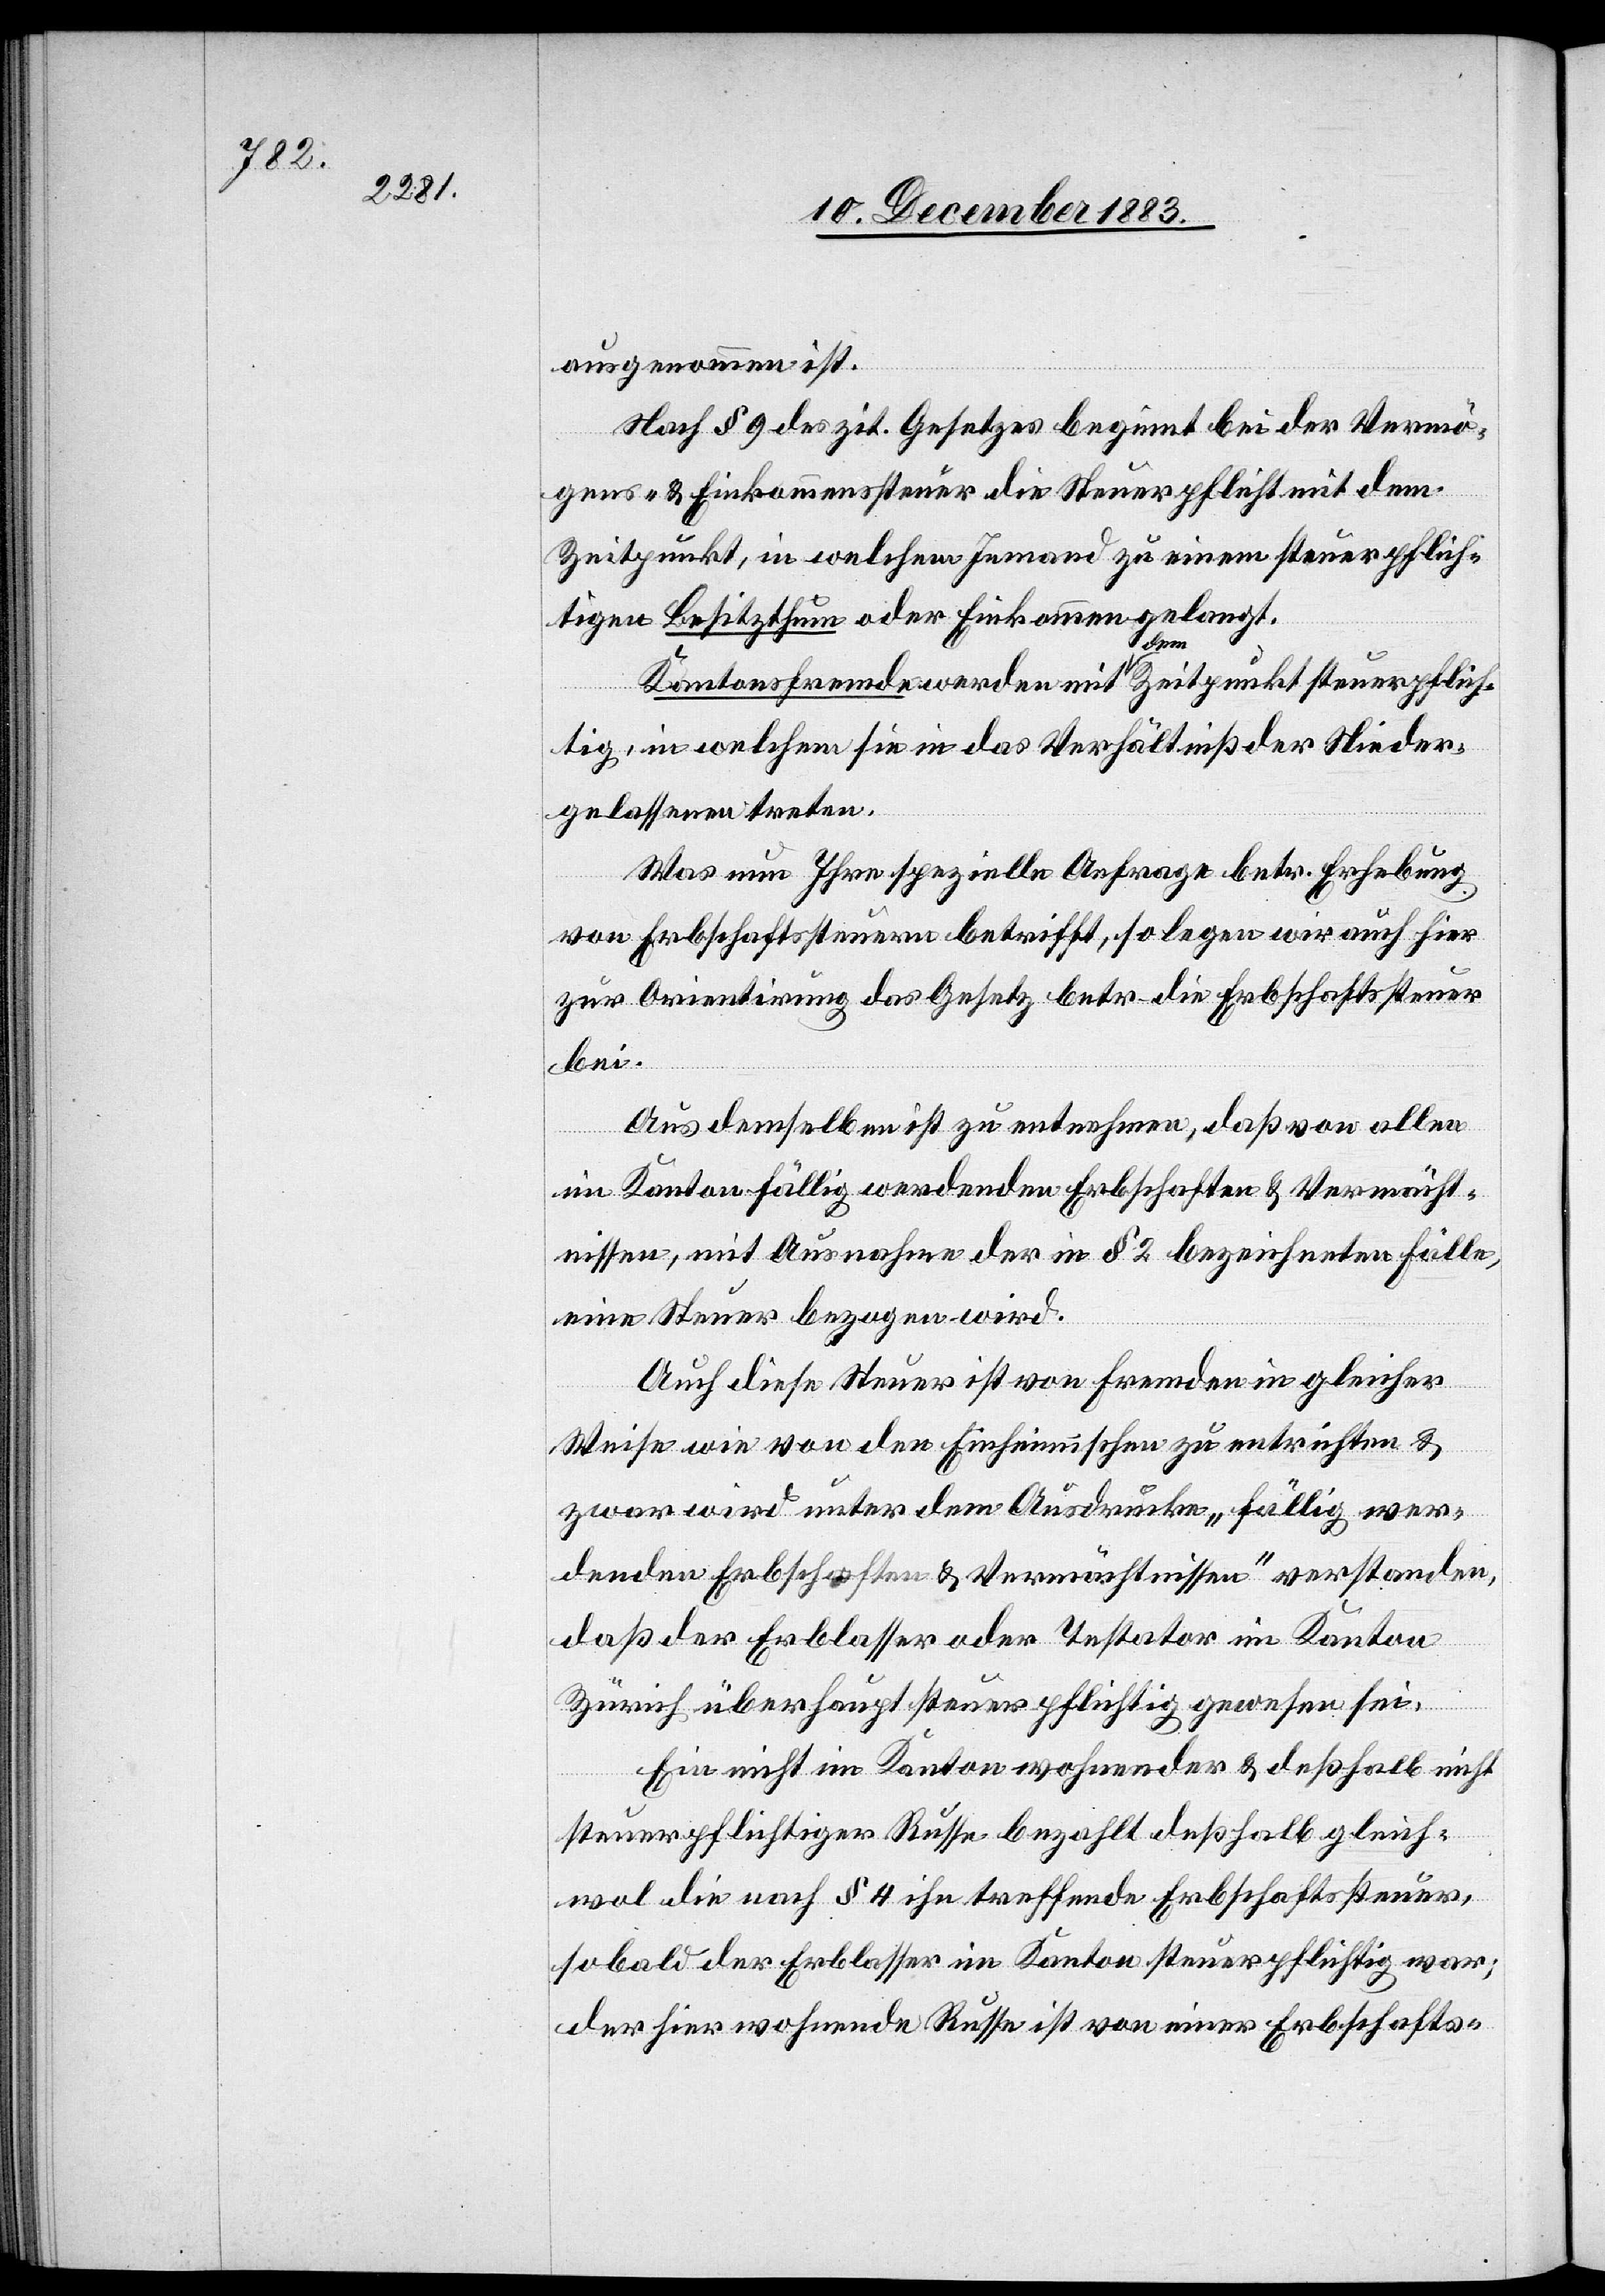
ausgenommen ist.
Nach § 9 des zit. Gesetzes beginnt bei der Vermö¬
gens- & Einkommenssteuer die Steuerpflicht mit dem
Zeitpunkt, in welchem Jemand zu einem steuerpflich¬
tigen Besitzthum oder Einkommen gelangt.
Kantonsfremde werden mit dem Zeitpunkt steuerpflich¬
tig, in welchem sie in das Verhältniß der Nieder¬
gelassenen treten.
Was nun Ihre spezielle Anfrage betr. Erhebung
von Erbschaftssteuern betrifft, so legen wir auch hier
zur Orientirung das Gesetz betr. die Erbschaftssteuer
bei.
Aus demselben ist zu entnehmen, daß von allen
im Kanton fällig werdenden Erbschaften & Vermächt¬
nissen, mit Ausnahme der in § 2 bezeichneten Fälle,
eine Steuer bezogen wird.
Auch diese Steuer ist von Fremden in gleicher
Weise wie von den Einheimischen zu entrichten &
zwar wird unter dem Ausdrucke „fällig wer¬
denden Erbschaften & Vermächtnissen“ verstanden,
daß der Erblasser oder Testator im Kanton
Zürich überhaupt steuerpflichtig gewesen sei.
Ein nicht im Kanton wohnender & deßhalb nicht
steuerpflichtiger Russe bezahlt deßhalb gleich¬
wol die nach § 4 ihn treffende Erbschaftssteuer,
sobald der Erblasser im Kanton steuerpflichtig war;
der hier wohnende Russe ist von einer Erbschafts-